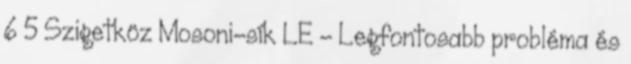
6 5 Szigetköz Mosoni-sík LE - Legfontosabb probléma és